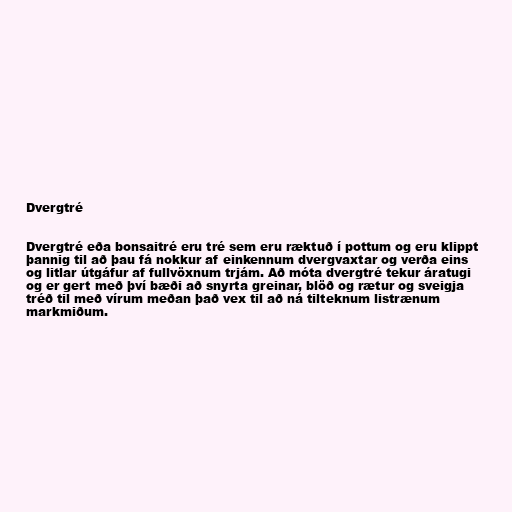
Dvergtré

Dvergtré eða bonsaitré eru tré sem eru ræktuð í pottum og eru klippt
þannig til að þau fá nokkur af einkennum dvergvaxtar og verða eins
og litlar útgáfur af fullvöxnum trjám. Að móta dvergtré tekur áratugi
og er gert með því bæði að snyrta greinar, blöð og rætur og sveigja
tréð til með vírum meðan það vex til að ná tilteknum listrænum
markmiðum.